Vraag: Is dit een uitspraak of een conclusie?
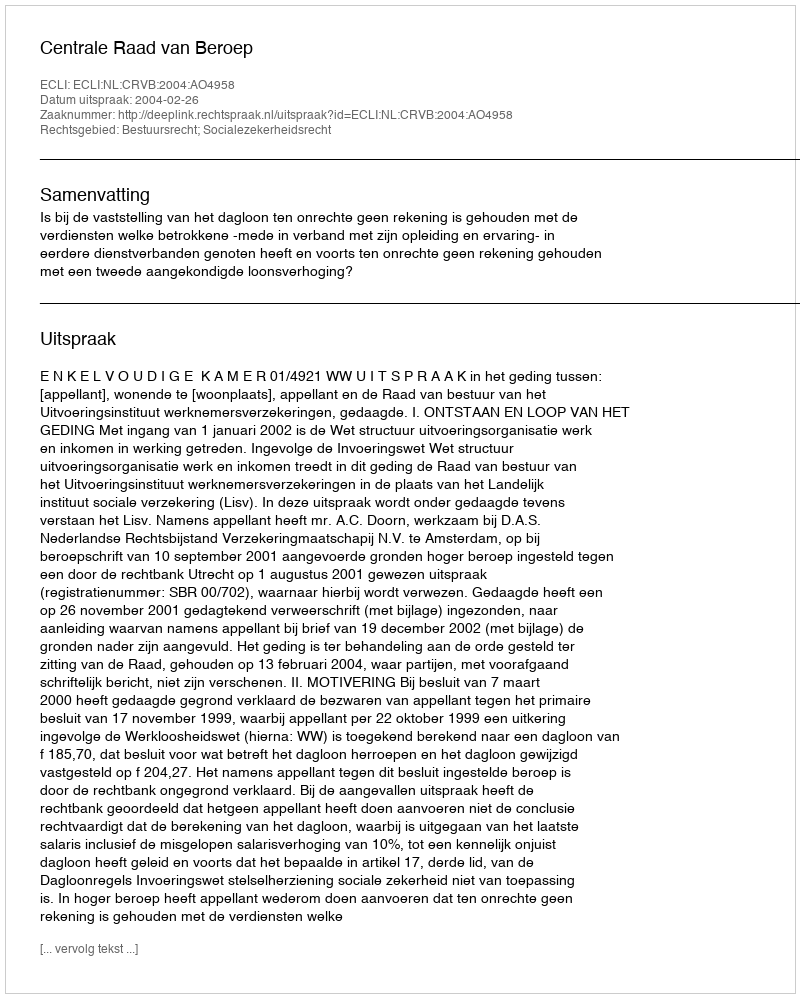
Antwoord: Uitspraak